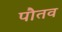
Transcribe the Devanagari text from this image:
पौतव